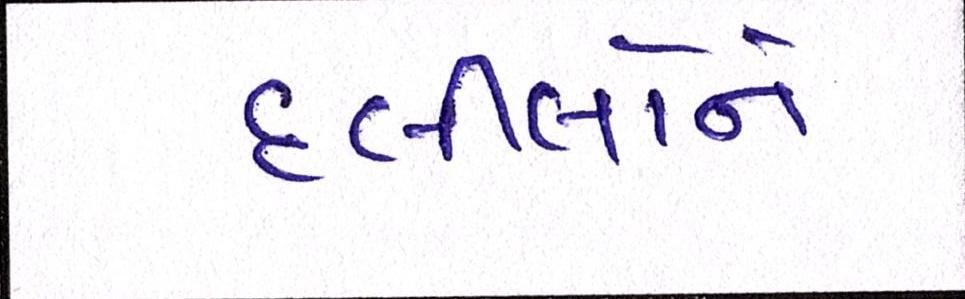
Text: દલીલોને